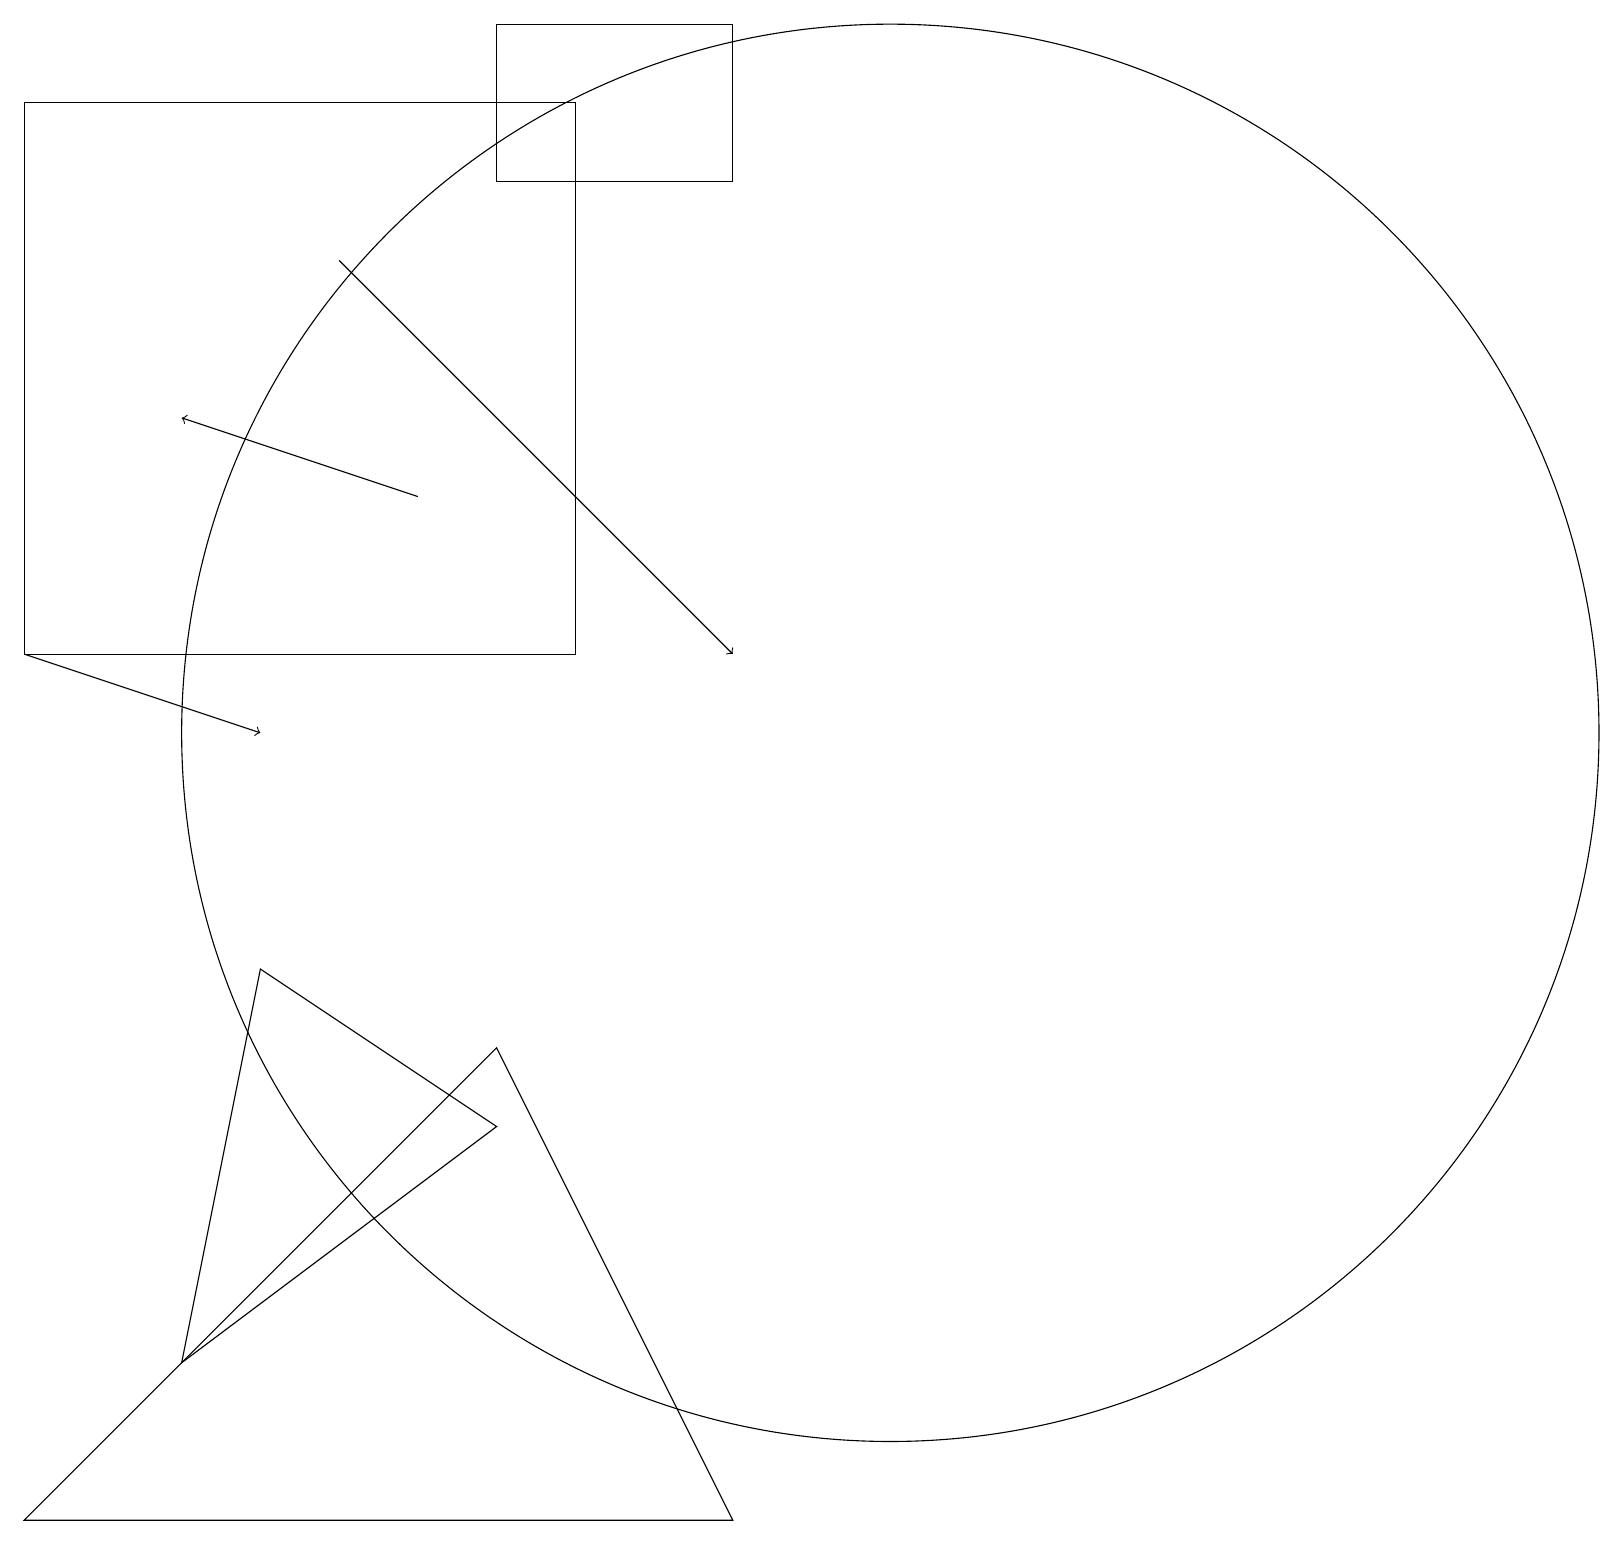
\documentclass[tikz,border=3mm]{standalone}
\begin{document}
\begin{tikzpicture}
\draw (6,19) rectangle (9,17);
\draw[->] (5,13) -- (2,14);
\draw[->] (0,11) -- (3,10);
\draw (0,0) -- (9,0) -- (6,6) -- cycle;
\draw (2,2) -- (6,5) -- (3,7) -- cycle;
\draw (11,10) circle (9);
\draw[->] (4,16) -- (9,11);
\draw (7,18) rectangle (0,11);
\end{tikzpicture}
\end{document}